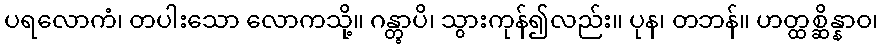
ပရလောကံ၊ တပါးသော လောကသို့။ ဂန္တွာပိ၊ သွားကုန်၍လည်း။ ပုန၊ တဘန်။ ဟတ္ထစ္ဆိန္နာဝ၊